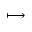
\longmapsto